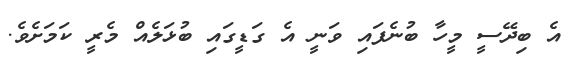
އެ ބިދޭސީ މީހާ ބުނެފައި ވަނީ އެ ގަޑީގައި ބުޅަލެއް މެރީ ކަމަށެވެ.